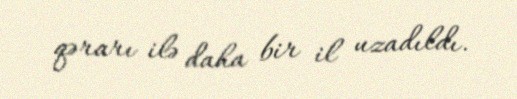
qərarı ilə daha bir il uzadıldı.